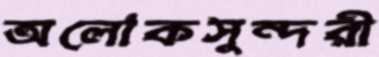
অলোকসুন্দরী